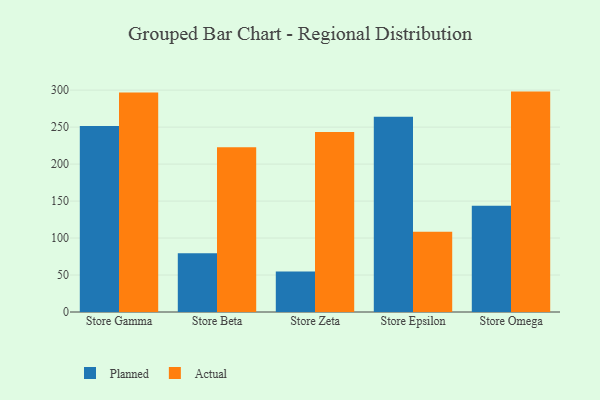
{"axis": {"x": "Store", "y": "Customer Acquisition Cost (USD)"}, "legend": ["Actual", "Planned"], "data": [{"x": "Store Gamma", "y": 251.6, "type": "Planned"}, {"x": "Store Gamma", "y": 296.7, "type": "Actual"}, {"x": "Store Beta", "y": 79.6, "type": "Planned"}, {"x": "Store Beta", "y": 222.9, "type": "Actual"}, {"x": "Store Zeta", "y": 54.7, "type": "Planned"}, {"x": "Store Zeta", "y": 243.5, "type": "Actual"}, {"x": "Store Epsilon", "y": 263.9, "type": "Planned"}, {"x": "Store Epsilon", "y": 108.4, "type": "Actual"}, {"x": "Store Omega", "y": 143.8, "type": "Planned"}, {"x": "Store Omega", "y": 298.0, "type": "Actual"}]}